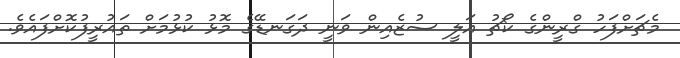
މެޗަށްފަހު ގްރީންގެ ކޯޗު އަލީ ސުޒެއިން ވަނީ ދަގަނޑޭގެ މޮޅު ކުޅުމަށް ތައުރީފުކޮށްފައެވެ.